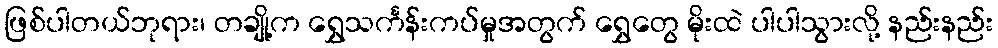
ဖြစ်ပါတယ်ဘုရား၊ တချို့က ရွှေသင်္ကန်းကပ်မှုအတွက် ရွှေတွေ မိုးထဲ ပါပါသွားလို့ နည်းနည်း